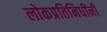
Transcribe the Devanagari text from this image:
लोकप्रतिनिधींनी